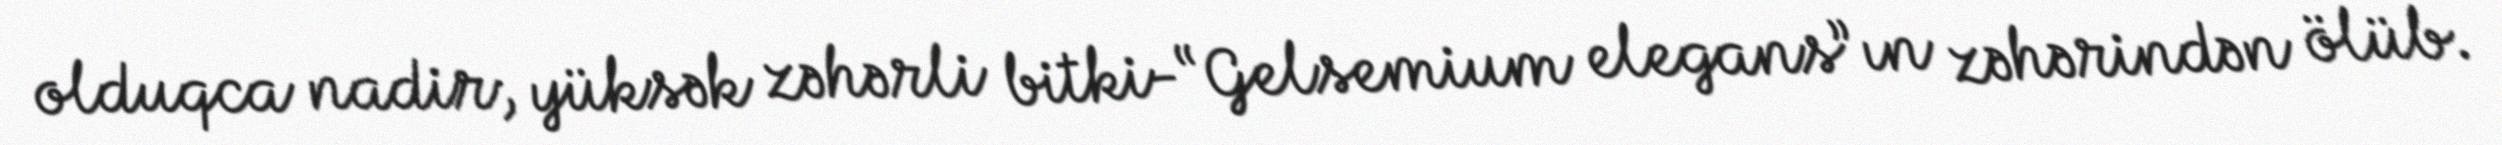
olduqca nadir, yüksək zəhərli bitki-“Gelsemium elegans”ın zəhərindən ölüb.